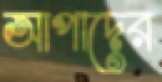
আপাদের